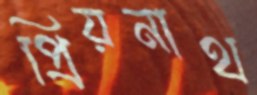
প্রিয়নাথ